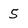
Character: 5